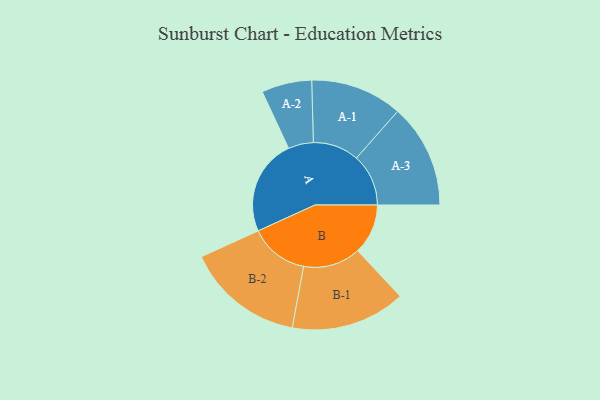
{"axis": {"x": "Segment", "y": "Value"}, "legend": ["", "A", "B"], "data": [{"x": "A", "y": 488, "type": ""}, {"x": "B", "y": 256, "type": ""}, {"x": "A-1", "y": 234, "type": "A"}, {"x": "A-2", "y": 128, "type": "A"}, {"x": "A-3", "y": 265, "type": "A"}, {"x": "B-1", "y": 292, "type": "B"}, {"x": "B-2", "y": 300, "type": "B"}]}